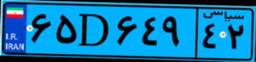
۶۵D۶۴۹۴۲